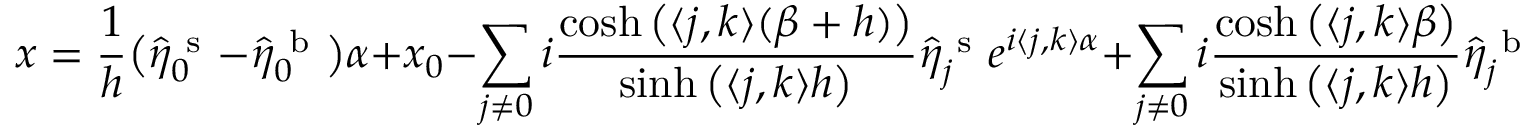
x = \frac { 1 } { h } \big ( \hat { \eta } _ { \boldsymbol 0 } ^ { \mathrm { ~ s ~ } } - \hat { \eta } _ { \boldsymbol 0 } ^ { \mathrm { ~ b ~ } } \big ) \alpha + x _ { 0 } - \sum _ { \boldsymbol j \neq \boldsymbol 0 } i \frac { \cosh \big ( \langle \boldsymbol j , \boldsymbol k \rangle ( \beta + h ) \big ) } { \sinh \big ( \langle \boldsymbol j , \boldsymbol k \rangle h \big ) } \hat { \eta } _ { \boldsymbol j } ^ { \mathrm { ~ s ~ } } e ^ { i \langle \boldsymbol j , \boldsymbol k \rangle \alpha } + \sum _ { \boldsymbol j \neq \boldsymbol 0 } i \frac { \cosh \big ( \langle \boldsymbol j , \boldsymbol k \rangle \beta \big ) } { \sinh \big ( \langle \boldsymbol j , \boldsymbol k \rangle h \big ) } \hat { \eta } _ { \boldsymbol j } ^ { \mathrm { ~ b ~ } } e ^ { i \langle \boldsymbol j , \boldsymbol k \rangle \alpha } .